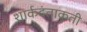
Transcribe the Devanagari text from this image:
शार्कदंताकृती